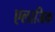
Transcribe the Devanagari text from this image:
एलाजिक